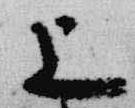
上